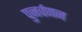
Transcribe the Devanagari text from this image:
पुनर्वणन